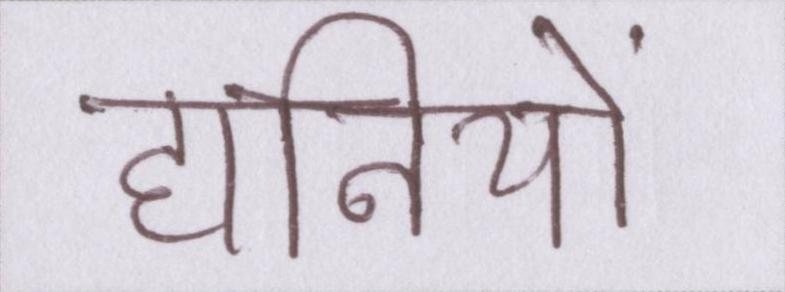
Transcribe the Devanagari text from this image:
हानियों